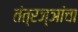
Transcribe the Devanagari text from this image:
तंत्रज्ञांचा